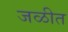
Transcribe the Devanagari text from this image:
जळीत